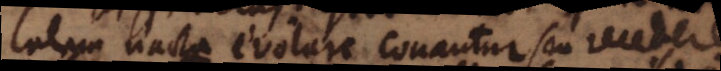
libertatem nacta evolare conantur seu recedere